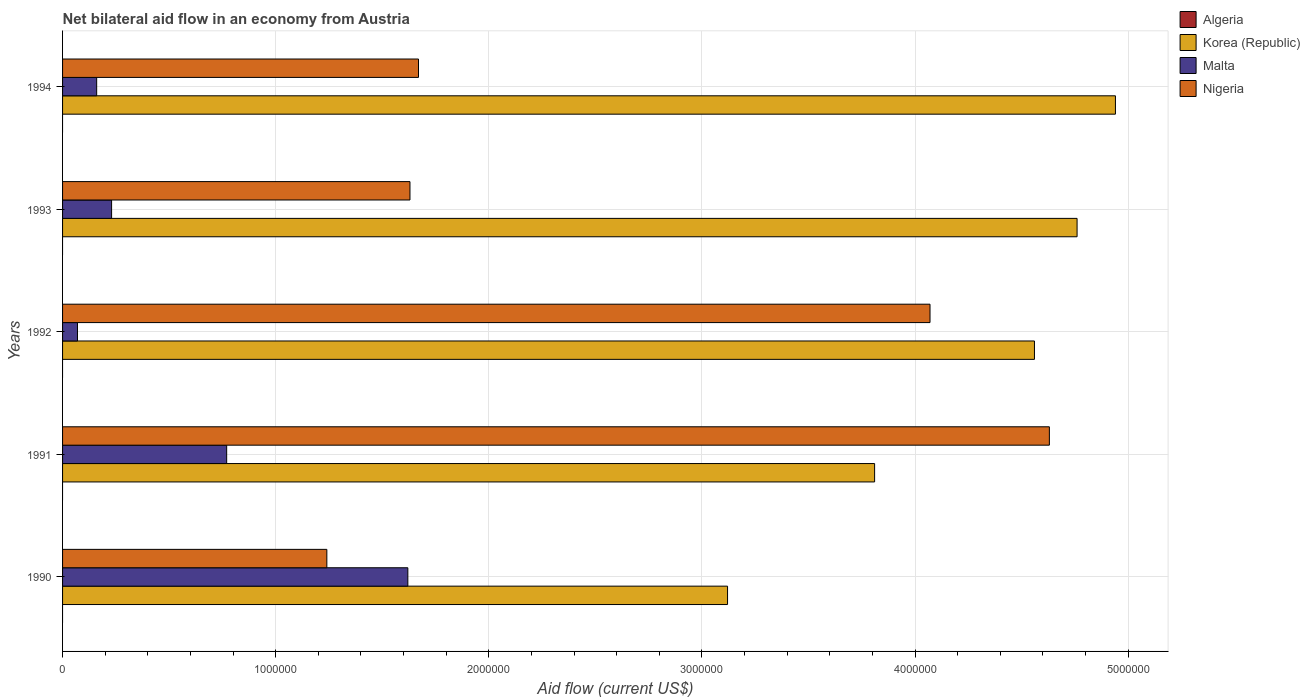
| Years | Algeria | Korea (Republic) | Malta | Nigeria |
 | --- | --- | --- | --- | --- |
 | 1990 | -1.07e+08 | 3.12e+06 | 1.62e+06 | 1.24e+06 |
 | 1991 | -9.02e+07 | 3.81e+06 | 7.7e+05 | 4.63e+06 |
 | 1992 | -1.09e+08 | 4.56e+06 | 7e+04 | 4.07e+06 |
 | 1993 | -1.3e+08 | 4.76e+06 | 2.3e+05 | 1.63e+06 |
 | 1994 | -5.5e+07 | 4.94e+06 | 1.6e+05 | 1.67e+06 |